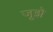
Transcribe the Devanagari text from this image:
जूझे